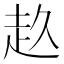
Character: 𧺓